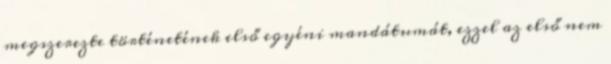
megszerezte történetének első egyéni mandátumát, ezzel az első nem